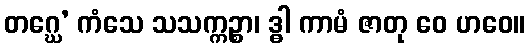
တဂ္ဃေ’ ကံသေ သသက္ကဉ္စာ၊ ဒ္ဓါ ကာမံ ဇာတု ဝေ ဟဝေ။